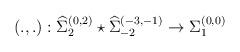
LaTeX: \begin{align*}\left(.,.\right): {\widehat \Sigma}_{2}^{(0,2)} \star {\widehat \Sigma}_{-2}^{(-3,-1)} \rightarrow {\Sigma}_{1}^{(0,0)}\end{align*}